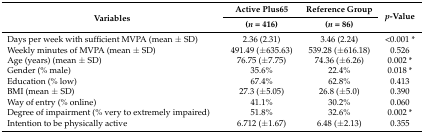
<table><thead><tr><td rowspan="2"><b>Variables</b></td><td><b>Active Plus65</b></td><td><b>Reference Group </b></td><td rowspan="2"><b><i>p</i>-Value</b></td></tr><tr><td><b>(<i>n</i> = 416)</b></td><td><b>(<i>n</i> = 86)</b></td></tr></thead><tbody><tr><td>Days per week with sufficient MVPA (mean ± SD)</td><td>2.36 (2.31)</td><td>3.46 (2.24)</td><td>&lt;0.001 *</td></tr><tr><td>Weekly minutes of MVPA (mean ± SD)</td><td>491.49 (±635.63)</td><td>539.28 (±616.18)</td><td>0.526</td></tr><tr><td>Age (years) (mean ± SD)</td><td>76.75 (±7.75)</td><td>74.36 (±6.26)</td><td>0.002 *</td></tr><tr><td>Gender (% male)</td><td>35.6%</td><td>22.4%</td><td>0.018 *</td></tr><tr><td>Education (% low)</td><td>67.4%</td><td>62.8%</td><td>0.413</td></tr><tr><td>BMI (mean ± SD)</td><td>27.3 (±5.05)</td><td>26.8 (±5.0)</td><td>0.390</td></tr><tr><td>Way of entry (% online)</td><td>41.1%</td><td>30.2%</td><td>0.060</td></tr><tr><td>Degree of impairment (% very to extremely impaired)</td><td>51.8%</td><td>32.6%</td><td>0.002 *</td></tr><tr><td>Intention to be physically active</td><td>6.712 (±1.67)</td><td>6.48 (±2.13)</td><td>0.355</td></tr></tbody></table>